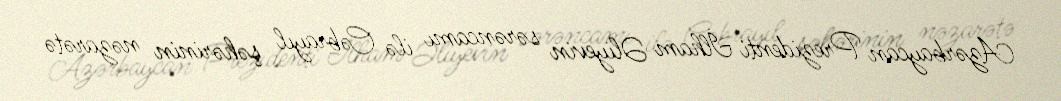
Azərbaycan Prezidenti İlham Əliyevin sərəncamı ilə Cəbrayıl şəhərinin nəzarətə